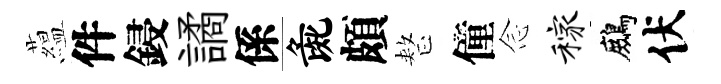
藴件鋟譎係彘頗整僮𫝹稼鷓伏